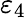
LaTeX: \varepsilon_{4}